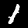
Digit: 1